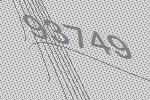
93749